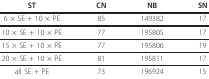
<table><thead><tr><td><b>ST</b></td><td><b>CN</b></td><td><b>NB</b></td><td><b>SN</b></td></tr></thead><tbody><tr><td>6 × SE + 10 × PE</td><td>85</td><td>149382</td><td>17</td></tr><tr><td>10 × SE + 10 × PE</td><td>77</td><td>195805</td><td>17</td></tr><tr><td>15 × SE + 10 × PE</td><td>77</td><td>195806</td><td>19</td></tr><tr><td>20 × SE + 10 × PE</td><td>81</td><td>195811</td><td>17</td></tr><tr><td>all SE + PE</td><td>73</td><td>196924</td><td>15</td></tr></tbody></table>